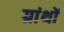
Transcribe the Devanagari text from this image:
ग्रांथों